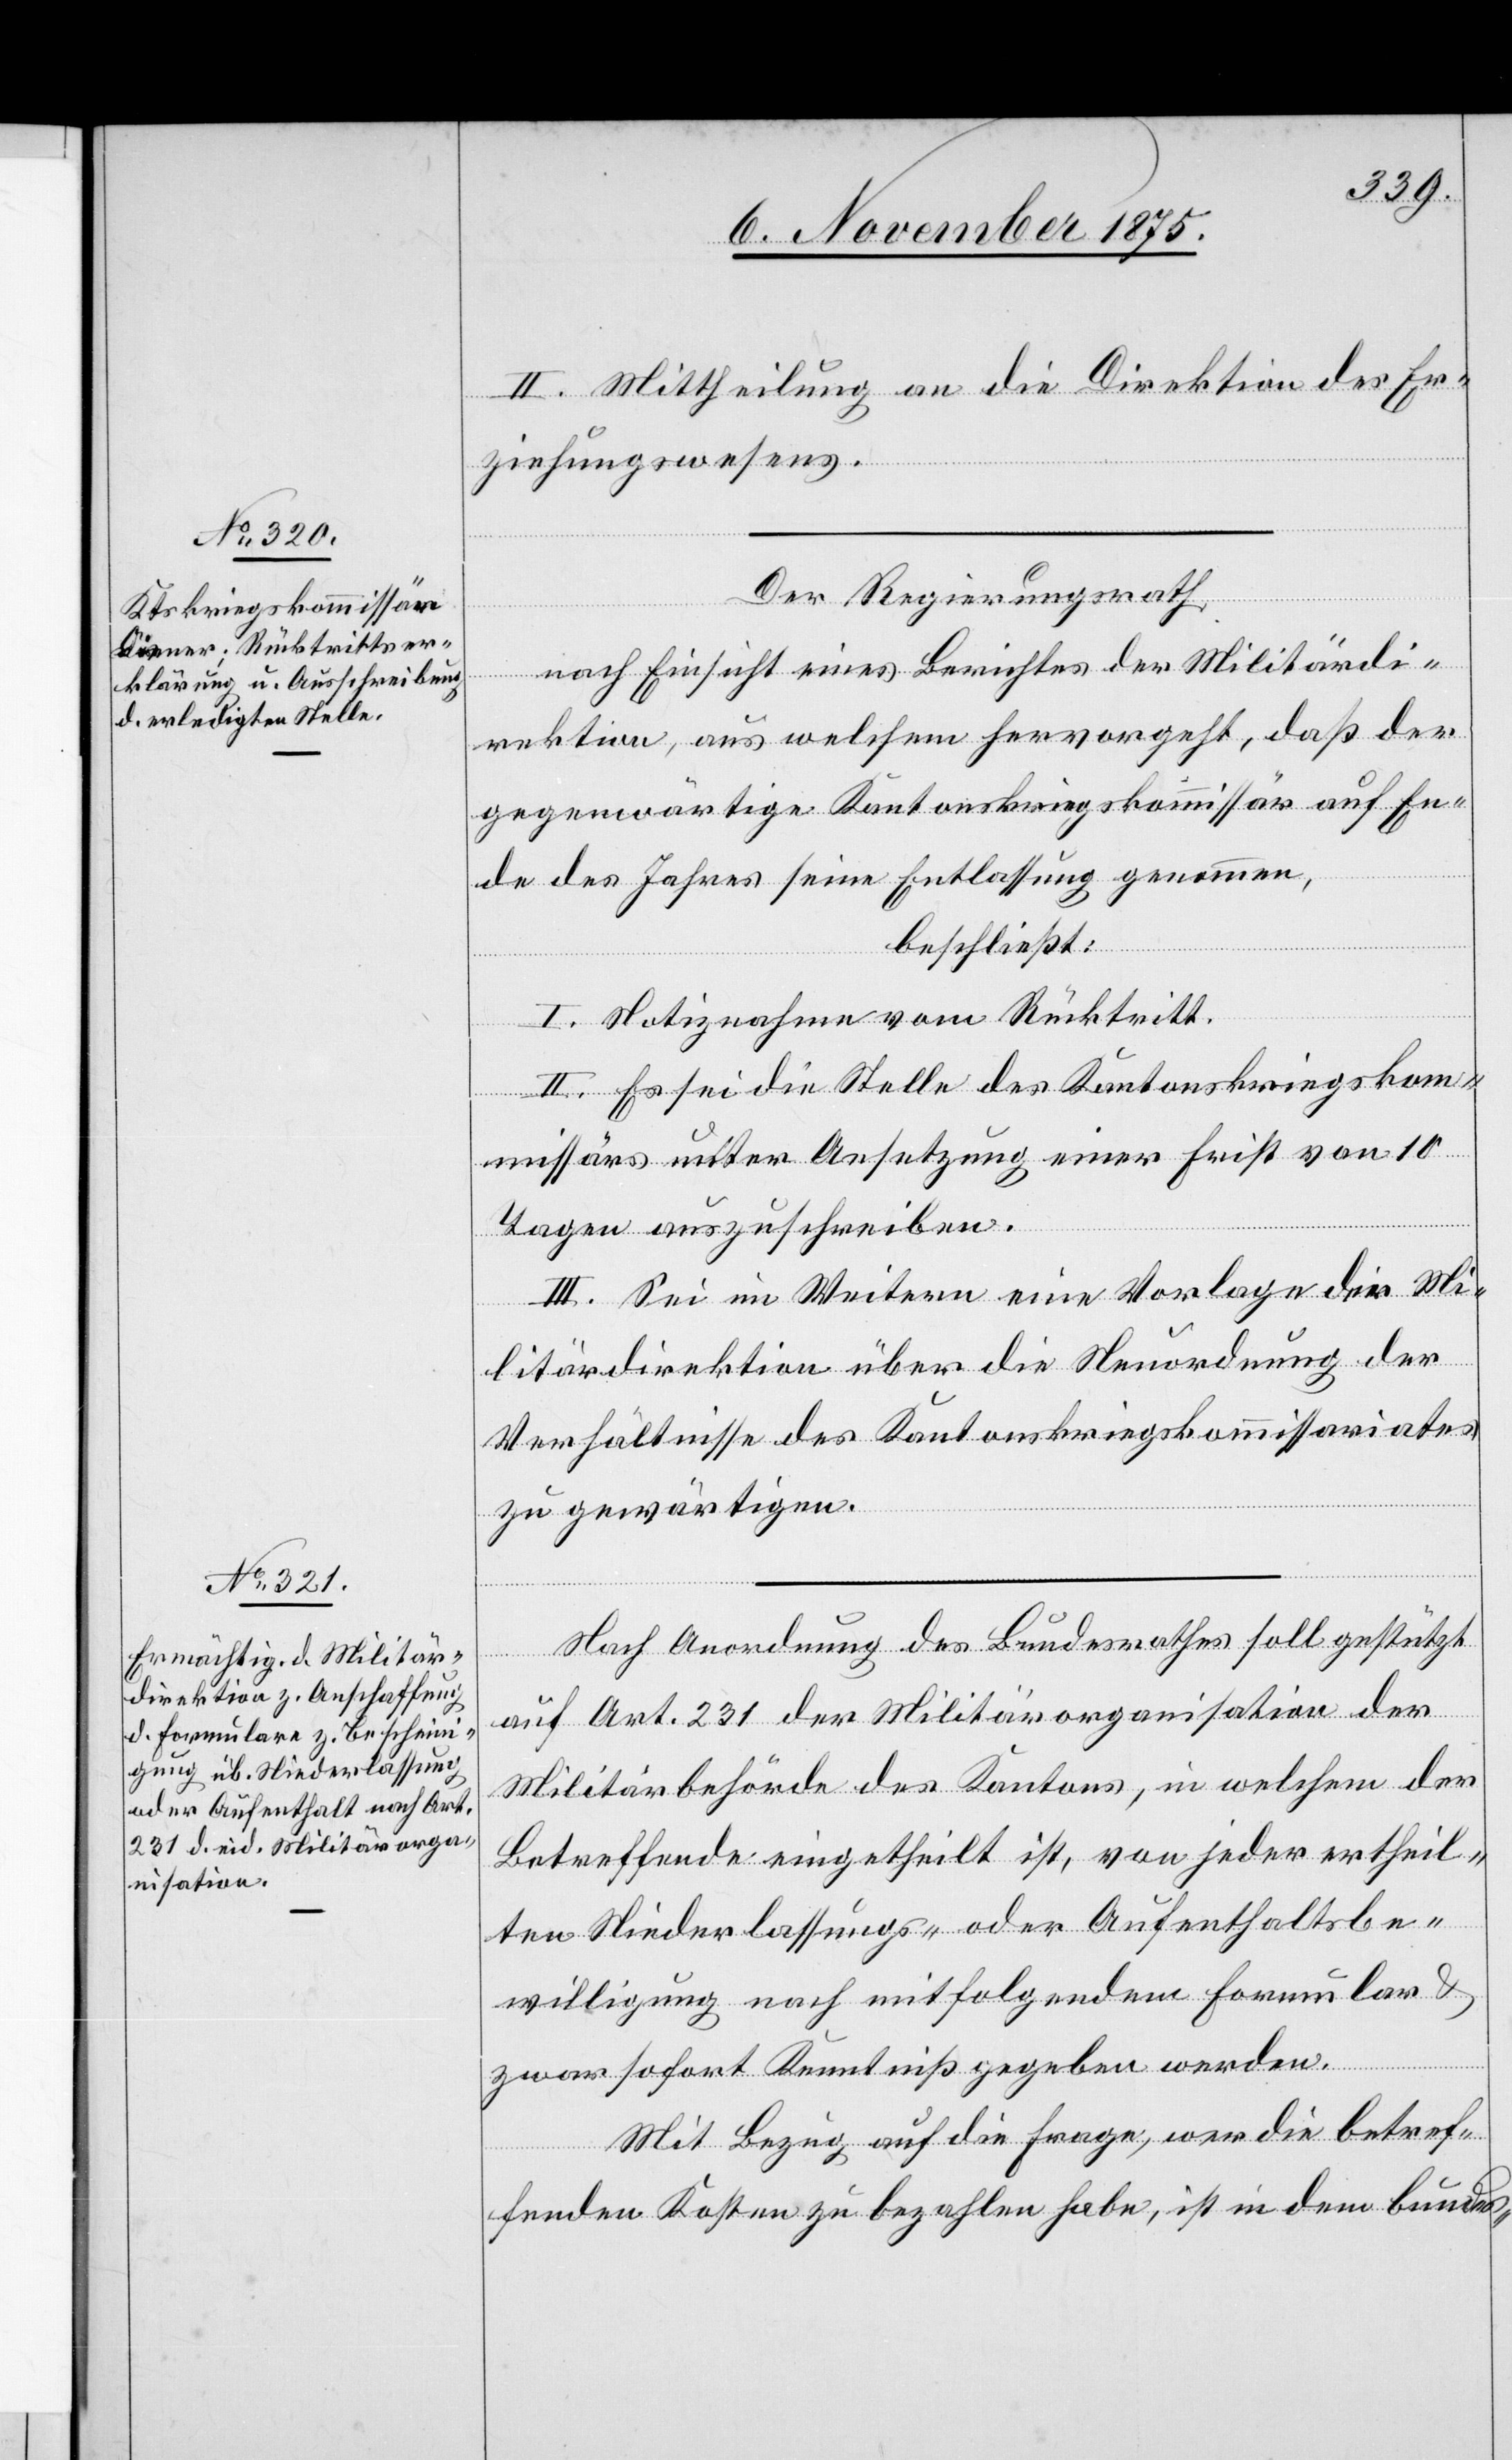
II. Mittheilung an die Direktion des Er¬
ziehungswesens.
Der Regierungsrath,
nach Einsicht eines Berichtes der Militärdi¬
rektion, aus welchem hervorgeht, daß der
gegenwärtige Kantonskriegskommissär auf En¬
de des Jahres seine Entlassung genommen,
beschließt:
I. Notiznahme vom Rücktritt.
II. Es sei die Stelle des Kantonskriegskom¬
missärs unter Ansetzung einer Frist von 10
Tagen auszuschreiben.
III. Sei im Weitern eine Vorlage der Mi¬
litärdirektion über die Neuordnung der
Verhältnisse des Kantonskriegskommissariates
zu gewärtigen.
Nach Anordnung des Bundesrathes soll gestützt
auf Art. 231 der Militärorganisation der
Militärbehörde des Kantons, in welchem der
Betreffende eingetheilt ist, von jeder ertheil¬
ten Niederlassungs- oder Aufenthaltsbe¬
willigung nach mitfolgendem Formular &
zwar sofort Kenntniß gegeben werden.
Mit Bezug auf die Frage, wer die betref¬
fenden Kosten zu bezahlen habe, ist in dem bundes-